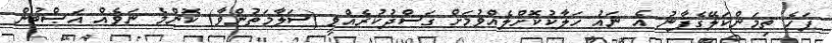
ފަހެ ތިމަންކަލޭގެފާނު އެ ނައު ހަލާކުކޮށްލެއްވުމަށް ގަސްދުކުރެއްވީ (ސަލާމަތުންވާ) ކޮންމެ ނަވެއް ޣަޞްބުން